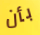
بأن